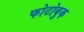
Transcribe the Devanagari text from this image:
फोटोबुक